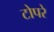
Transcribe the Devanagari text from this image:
टोपरे